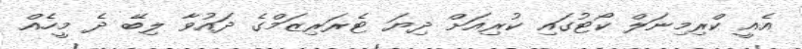
އެއީ ކްރިމިނަލް ކޯޓުގައި ކުރިއަށް ދިޔަ ޓެރަރިޒަމްގެ ދައުވާ ލިބޭ ދެ މީހެއް